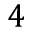
4